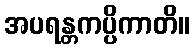
အပရန္တကပ္ပိကာတိ။